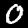
Digit: 0